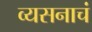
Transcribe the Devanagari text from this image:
व्यसनाचं